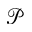
{ \mathcal P }